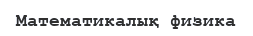
Математикалық физика